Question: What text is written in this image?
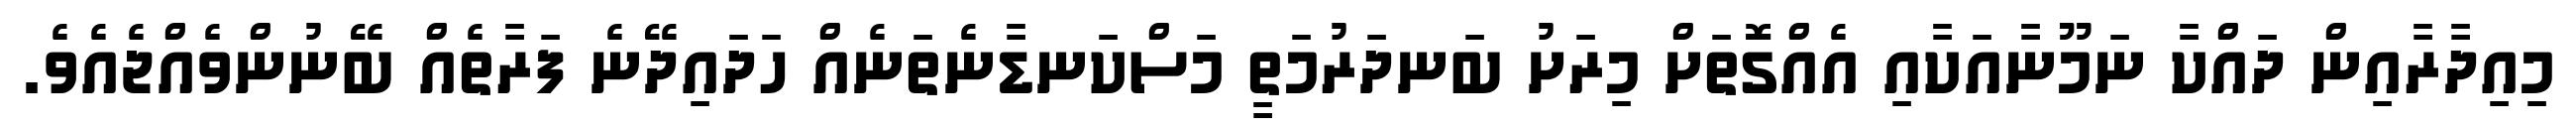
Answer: މިއިދާރާއިން ދައްކާ ނަމޫނާއަކާއި އެއްގޮތަށް މިރަށު ބަނދަރުމަތީ މަސްކަނޑާނެތަނެއް ހަދައިދޭނެ ފަރާތެއް ބޭނުންވެއްޖެއެވެ.